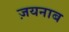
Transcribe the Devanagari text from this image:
ज़यनाब